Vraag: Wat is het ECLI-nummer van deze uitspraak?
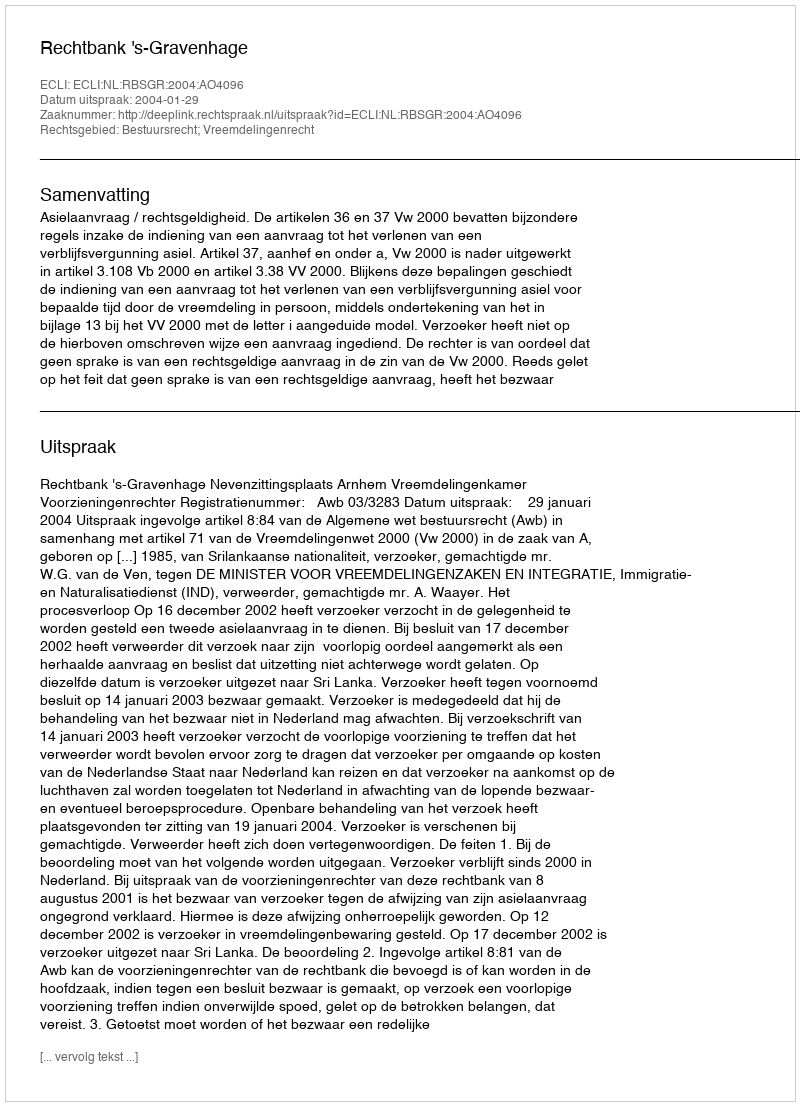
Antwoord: ECLI:NL:RBSGR:2004:AO4096